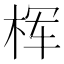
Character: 𰗢